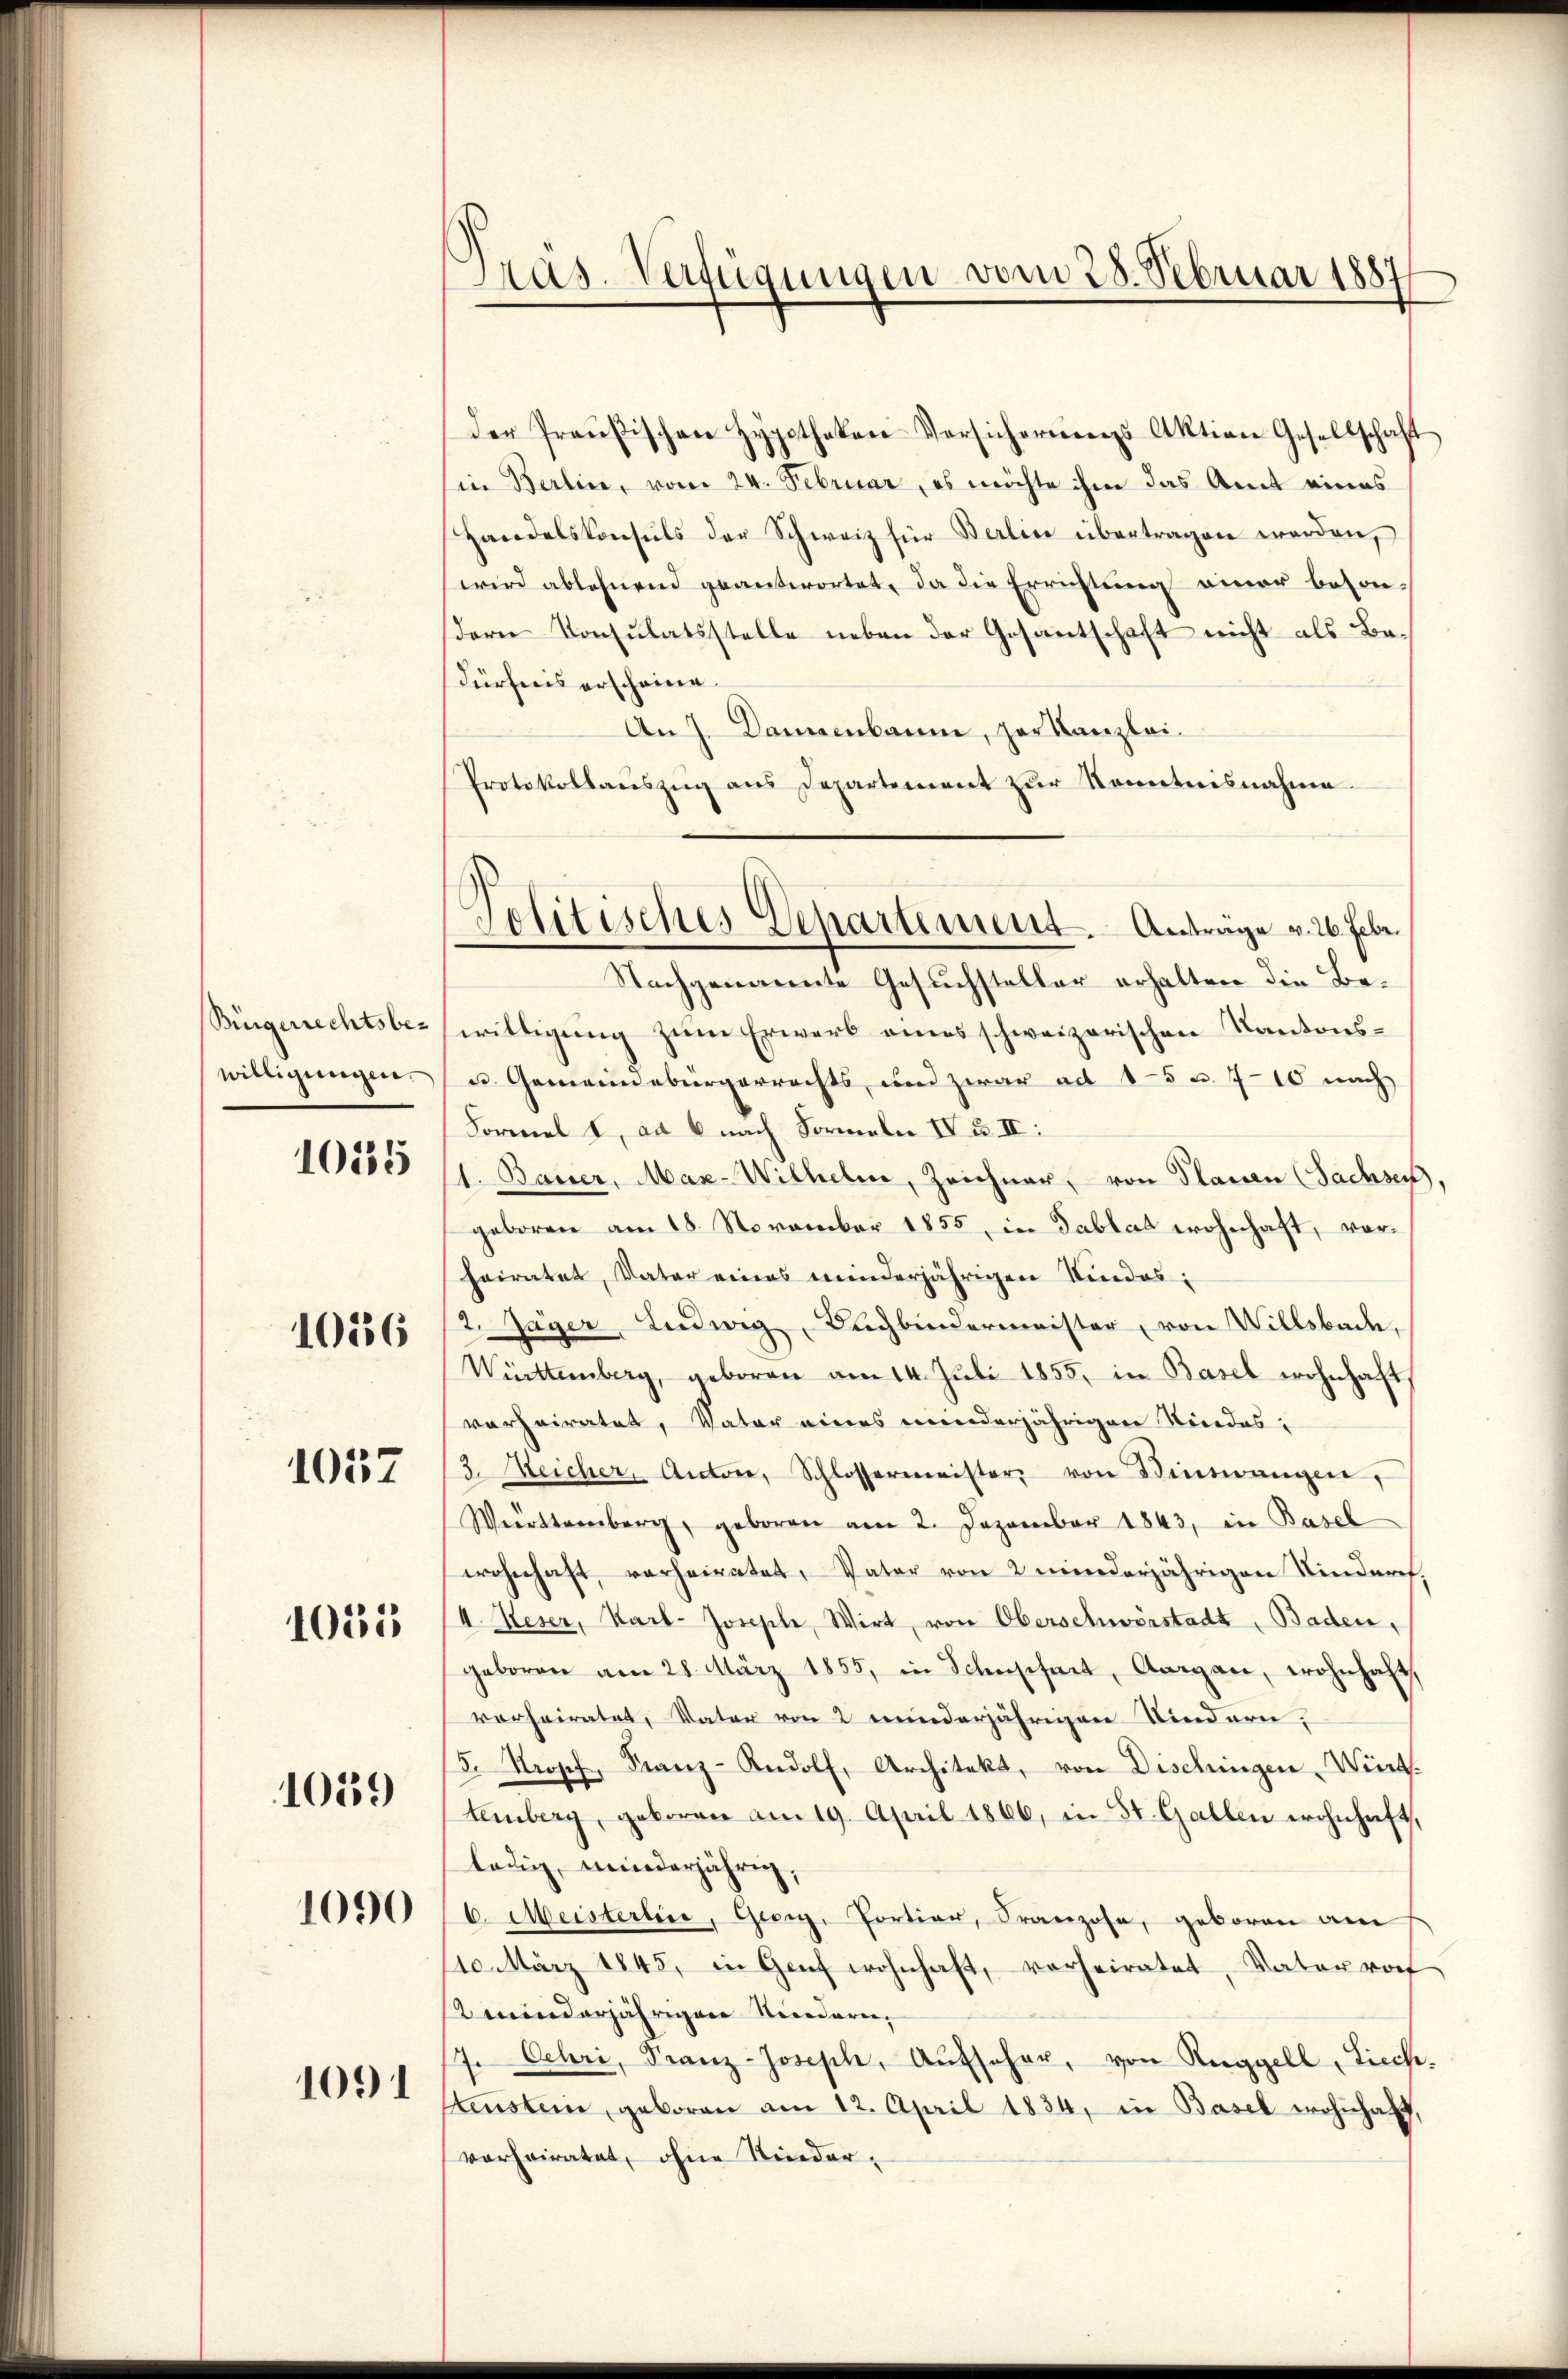
Bingerrechtsbewilligungen.

1055

1056

1057

1055

1059

1090

1091

Aas-Verfügungen vom 28. Februar 1887

der Preußischen Hypotheken Versicherungs Aktion Gesellschaft
in Berlin, vom 24. Februar, es möchte ihm das Amt eines
Handelskonsuls der Schweiz für Berlin übertragen werden,
wird ablehnend geantwortet, da die Errichtung einer besondern Konsulatsstelle neben der Gesantschaft nicht als Bedürfnis erscheine
An 7. Damenbaum, der Kanzlei-
Protokollauszug aus Departement zur Kenntnisnahme
willigung zum Erwerb eines schweizerischen Kantons¬
u. Gemeindebürgerrechts, und zwar ad 15 u. 710 nach
Formel I, ad 6 nach Formeln IV u. II:
1. Bauer, Mar-Wilhelm, Zeichner, von Planen (Sachsen,
geboren am 18. November 1855, in Tablat wohnhaft, vorheiratet, Vater eines minderjährigen Kindes:
2. Jäger Ludwig, Dachbindermeister, von Willsbade,
Württemberg, geboren am 14. Juli 1855, in Basel wohnhaft,
verheiratet, Vater eines minderjährigen Niedes¬
3. Reicher, Anton, Schlossermeister von Wintwangen,
Weirttemberg, geboren am 2. Dezember 1843, in Basel
wohnhaft, verheiratet, Vater von 2 minderjährigen Kinderet.
I. Keser, Karl- Joseph, Wirt, von Oberschwörstadt, Baden,
geboren am 28. März 1855, in Schnscheit, Aargau, wohnhaft,
vorheiratet, Vater von 2 minderjährigen Kindern;
5. Propf, Franz-Rudolf, Architekt, von Dischingen Wirt.
temberg, geboren am 19. April 1866, in St. Gallen wohnhaft,
ledig, minderjährig,
b. Meisterline, Georg, Portier, Franzose, geboren am
10. März 1845, in Genf wohnhaft, vorheiratet, Vater rot
minderjährigen Niedern,
7. Oehri, Franz-Joseph, Aŭfscher, von Raggell Liechtenstein, geboren am 12. April 1834, in Basel wohnhaft,
vorheiratet, ohne Kinder¬

Politisches Departement. Antrage v. 26. Febr.
Nachgenannte Gesuchsteller erhalten die Be¬